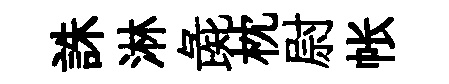
誅淋彘枕尉帐